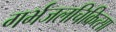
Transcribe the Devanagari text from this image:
गर्भजलचिकित्सा